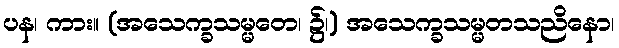
ပန၊ ကား။ (အသေက္ခသမ္မတေ၊ ၌၊) အသေက္ခသမ္မတသညိနော၊